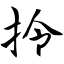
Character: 拎